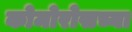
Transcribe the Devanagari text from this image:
कोमोरोसच्या